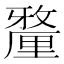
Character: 𨤲